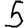
Digit: 5